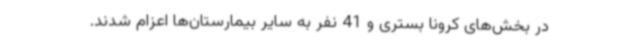
در بخش‌های کرونا بستری و 41 نفر به سایر بیمارستان‌ها اعزام شدند.